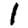
Digit: 1